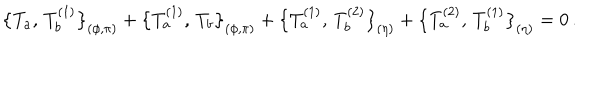
LaTeX: \bigl \{ T _ { a } , \, T _ { b } ^ { ( 1 ) } \bigr \} _ { ( \phi , \pi ) } + \bigl \{ T _ { a } ^ { ( 1 ) } , \, T _ { b } \bigr \} _ { ( \phi , \pi ) } + \bigl \{ T _ { a } ^ { ( 1 ) } , \, T _ { b } ^ { ( 2 ) } \bigr \} _ { ( \eta ) } + \bigl \{ T _ { a } ^ { ( 2 ) } , \, T _ { b } ^ { ( 1 ) } \bigr \} _ { ( \eta ) } = 0 \, .